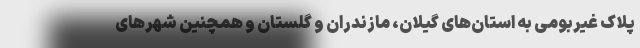
پلاک غیربومی به استان‌های گیلان، مازندران و گلستان و همچنین شهرهای